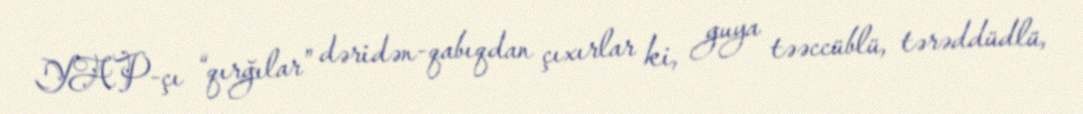
YAP-çı “qırğılar” dəridən-qabıqdan çıxırlar ki, guya təəccüblü, tərəddüdlü,